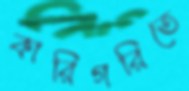
কারিগরিতে